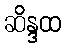
ဆိန္ဒထ